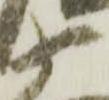
衛